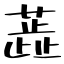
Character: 蕋